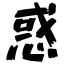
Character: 惑